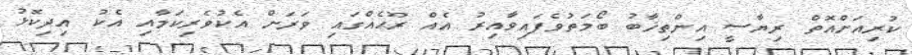
ކުރިއަށްއޮތް ރިޔާސީ އިންތިޚާބު ބޯމަތުވެފައިވާއިރު އެއް ރޫޙެއްގައި ވަރަށް އެކުވެރިކަމާއި އެކު އިދިކޮޅު